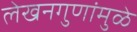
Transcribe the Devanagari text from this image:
लेखनगुणांमुळे